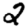
Digit: 2